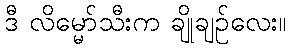
ဒီ လိမ္မော်သီးက ချိုချဉ်လေး။